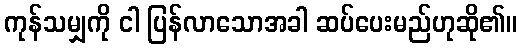
ကုန်သမျှကို ငါ ပြန်လာသောအခါ ဆပ်ပေးမည်ဟုဆို၏။